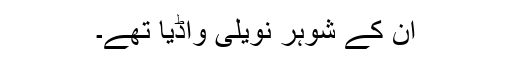
ان کے شوہر نویلی واڈیا تھے۔